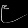
Digit: ၉